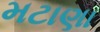
મટાણા